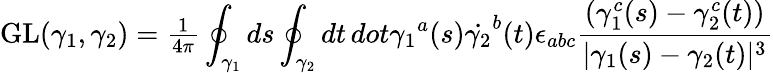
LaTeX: \mathrm{GL}(\gamma_{1},\gamma_{2})={\textstyle{\frac{1}{4\pi}}}\oint_{\gamma_{1}}ds\oint_{\gamma_{2}}dt\, dot{\gamma_{1}}^{a}(s)\dot{\gamma_{2}}^{b}(t)\epsilon_{abc}{\frac{(\gamma_{1}^{c}(s)-\gamma_{2}^{c}(t))}{|\gamma_{1}(s)-\gamma_{2}(t)|^{3}}}